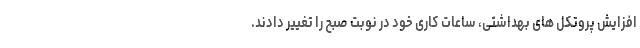
افزایش پروتکل های بهداشتی، ساعات کاری خود در نوبت صبح را تغییر دادند.